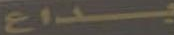
بداع